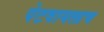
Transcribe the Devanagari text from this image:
पेटवायलाच